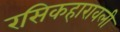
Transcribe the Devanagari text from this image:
रसिकहारावली